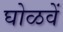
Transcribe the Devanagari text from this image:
घोळवें